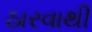
ઠારવાથી